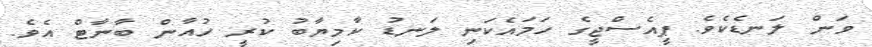
ވަން ލަނޑެކެވެ. ޕީއެސްޖީގެ ހަމައެކަނި ލަނޑު ކާމިޔާބު ކުރީ ހުއާން ބާނާޓް އެވެ.